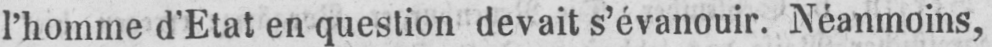
l’homme d’Etat en question devait s’évanouir. Néanmoins,